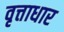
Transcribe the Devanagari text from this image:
वृत्ताधार